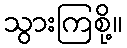
သွားကြစို့။